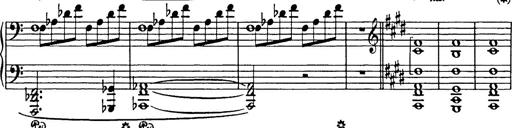
Title: In festo transfigurationis Domini nostri Jesu Christi
Composer: Franz Liszt